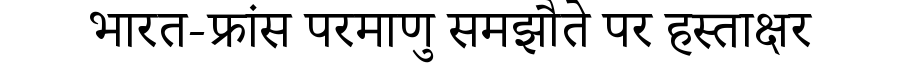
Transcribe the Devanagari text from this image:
भारत-फ्रांस परमाणु समझौते पर हस्ताक्षर